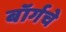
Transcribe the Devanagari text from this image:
बॉर्गचे